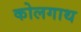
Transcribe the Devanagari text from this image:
कोलगाथ